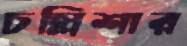
চল্লিশার